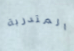
المتدربة